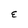
Character: E